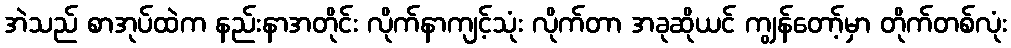
အဲသည် စာအုပ်ထဲက နည်းနာအတိုင်း လိုက်နာကျင့်သုံး လိုက်တာ အခုဆိုယင် ကျွန်တော့်မှာ တိုက်တစ်လုံး